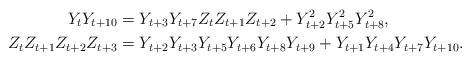
LaTeX: \begin{align*} Y_{t} Y_{t+10} &= Y_{t+3}Y_{t+7}Z_{t}Z_{t+1}Z_{t+2} + Y_{t+2}^2Y_{t+5}^2Y_{t+8}^2,\\ Z_{t} Z_{t+1} Z_{t+2} Z_{t+3} &= Y_{t+2} Y_{t+3} Y_{t+5} Y_{t+6} Y_{t+8} Y_{t+9} + Y_{t+1} Y_{t+4} Y_{t+7} Y_{t+10}. \end{align*}